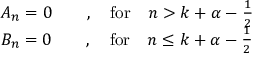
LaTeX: \begin{array} { c } { { A _ { n } = 0 \qquad , \quad \mathrm { f o r } \quad n > k + \alpha - \frac { 1 } { 2 } } } \\ { { B _ { n } = 0 \qquad , \quad \mathrm { f o r } \quad n \leq k + \alpha - \frac { 1 } { 2 } } } \end{array}